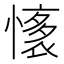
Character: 𢡏